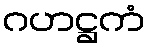
ဂဟဋ္ဌကံ